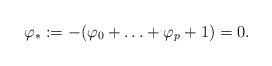
\begin{align*} \varphi_{*}:=-(\varphi_0+\ldots+\varphi_p+1)=0.\end{align*}